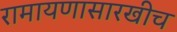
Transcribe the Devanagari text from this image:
रामायणासारखीच